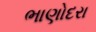
ભાણોદરા